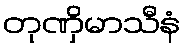
တုဏှိမာသီနံ